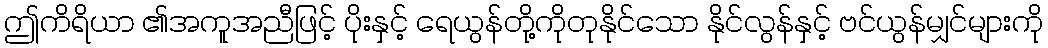
ဤကိရိယာ ၏အကူအညီဖြင့် ပိုးနှင့် ရေယွန်တို့ကိုတုနိုင်သော နိုင်လွန်နှင့် ဗင်ယွန်မျှင်များကို